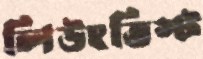
লিউংভিস্ট